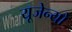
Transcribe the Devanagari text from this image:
यूजेन्यो